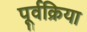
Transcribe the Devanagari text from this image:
पूर्वक्रिया